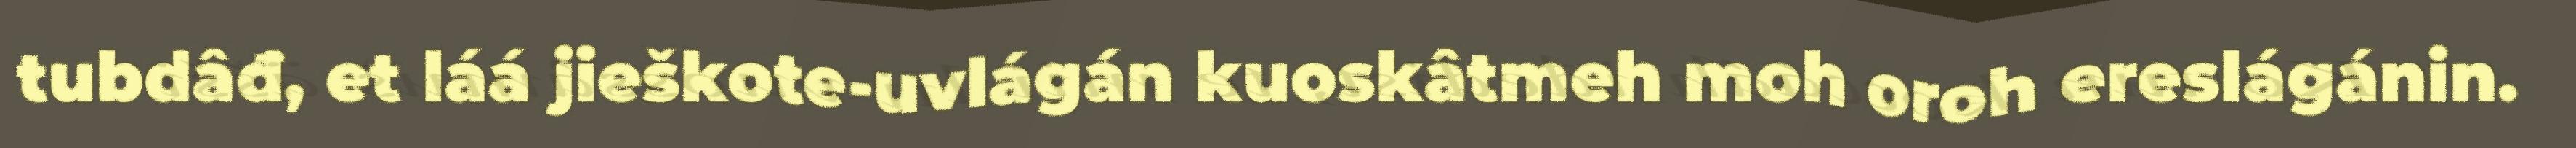
tubdâđ, et láá jieškote-uvlágán kuoskâtmeh moh oroh ereslágánin.